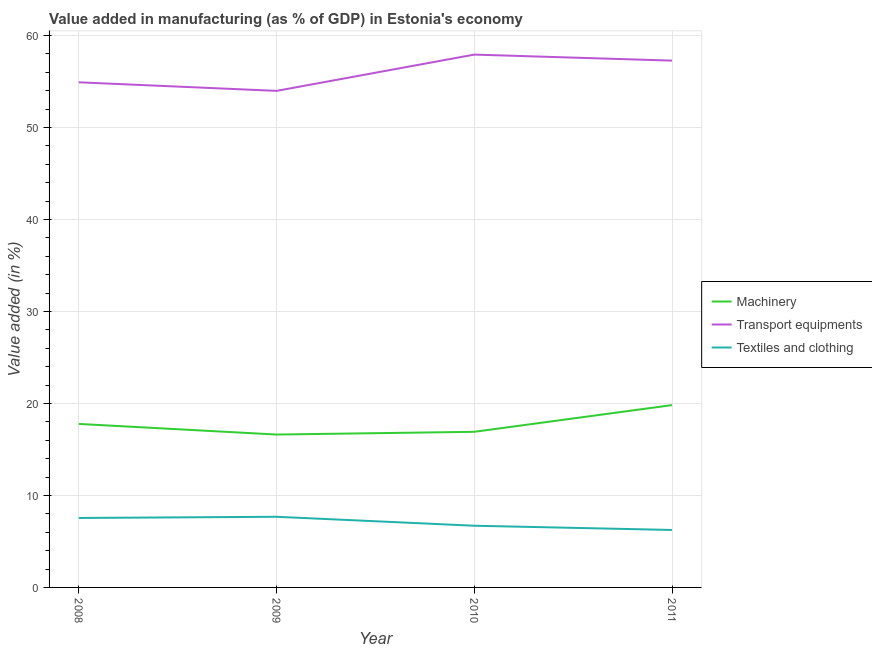
| Year | Machinery | Transport equipments | Textiles and clothing |
 | --- | --- | --- | --- |
 | 2008 | 17.8 | 54.9 | 7.55 |
 | 2009 | 16.6 | 54 | 7.68 |
 | 2010 | 16.9 | 57.9 | 6.71 |
 | 2011 | 19.8 | 57.3 | 6.25 |